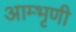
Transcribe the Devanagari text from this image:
आम्भृणी